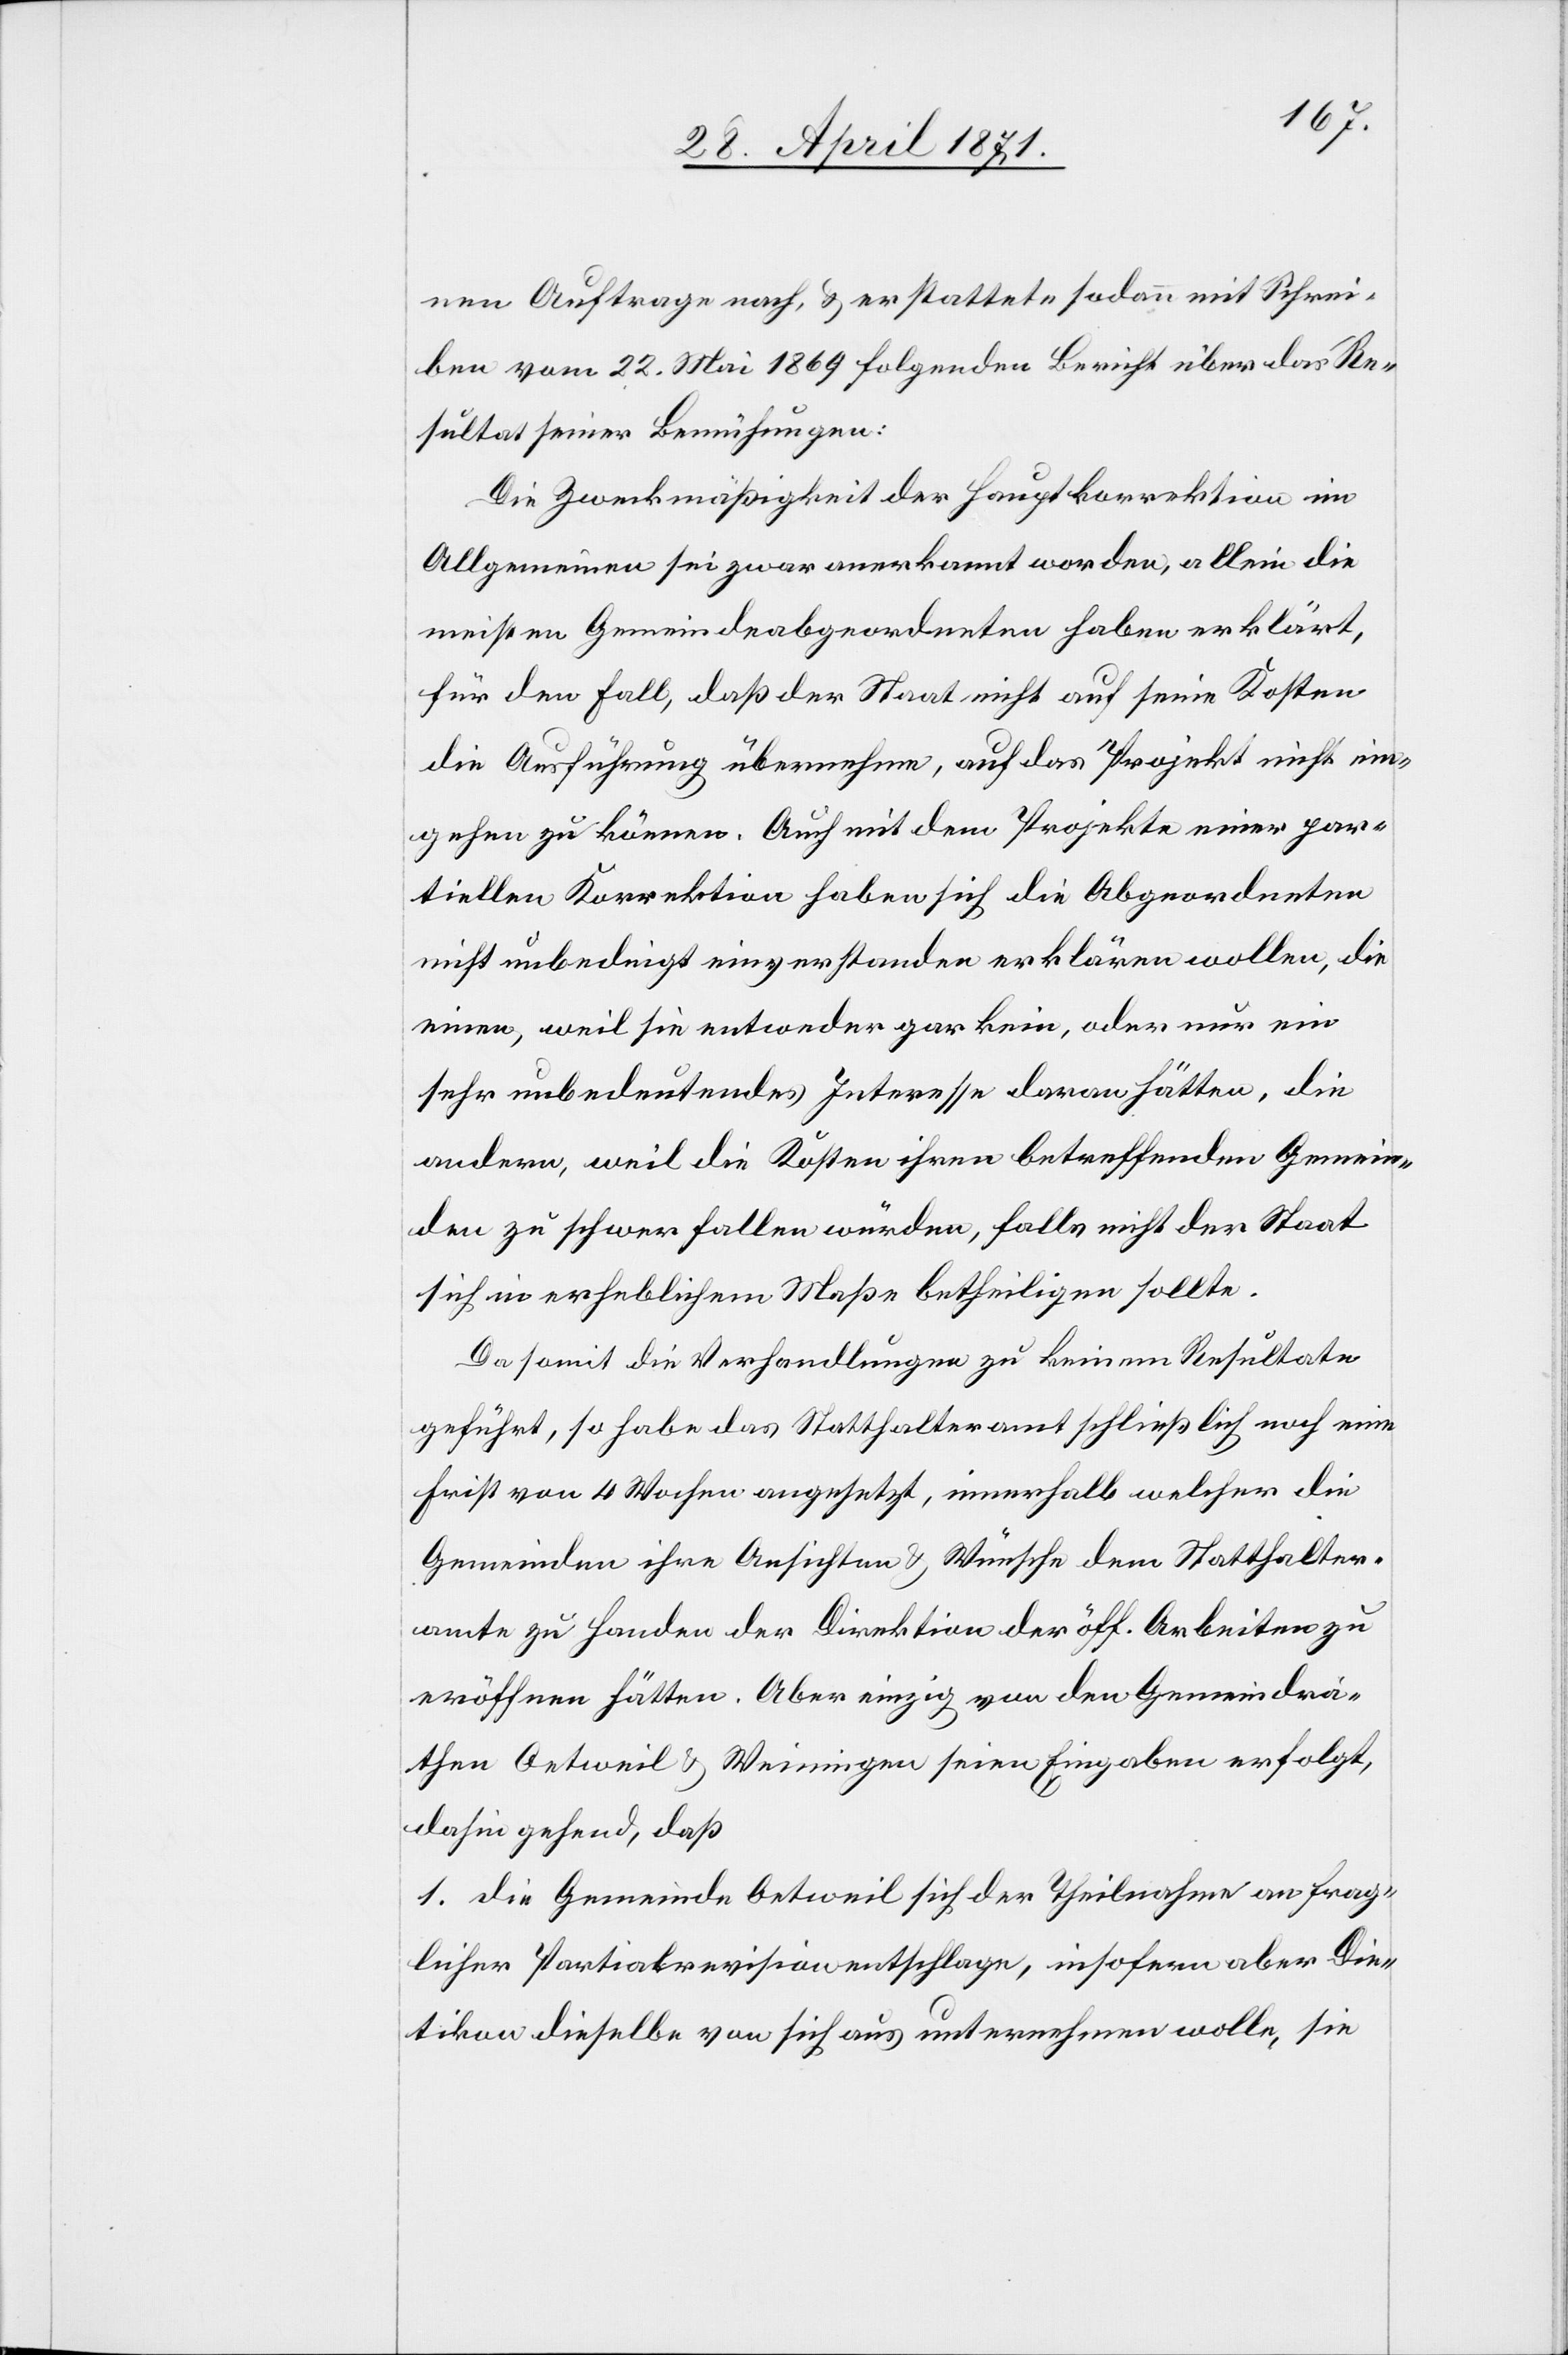
nen Auftrage nach, u. erstattete sodann mit Schrei¬
ben vom 22. Mai 1869 folgenden Bericht über das Re¬
sultat seiner Bemühungen:
Die Zweckmäßigkeit der Hauptkorrektion im
Allgemeinen sei zwar anerkannt worden, allein die
meisten Gemeindeabgeordneten haben erklärt,
für den Fall, daß der Staat nicht auf seine Kosten
die Ausführung übernehme, auf das Projekt nicht ein¬
gehen zu können. Auch mit dem Projekte einer par¬
tiellen Korrektion haben sich die Abgeordneten
nicht unbedingt einverstanden erklären wollen, die
einen, weil sie entweder gar kein, oder nur ein
sehr unbedeutendes Interesse daran hätten, die
andern, weil die Kosten ihren betreffenden Gemein¬
den zu schwer fallen würden, falls nicht der Staat
sich in erheblichem Maße betheiligen sollte.
Da somit die Verhandlungen zu keinem Resultate
geführt, so habe das Statthalteramt schließlich noch eine
Frist von 4 Wochen angesetzt, innerhalb welcher die
Gemeinden ihre Ansichten u. Wünsche dem Statthalter¬
amt zu Handen der Direktion der öff. Arbeiten zu
eröffnen hätten. Aber einzig von den Gemeindrä¬
then Oetweil u. Weiningen seien Eingaben erfolgt,
dahin gehend, daß
1. die Gemeinde Oetweil sich der Theilnahme an frag¬
licher Partialrevision entschlage, insofern aber Die¬
tikon dieselbe von sich aus unternehmen wolle, sie